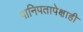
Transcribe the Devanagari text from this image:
पानिपतापेक्षाही